Medical and sanitary report of the native army of Bengal for the year
Year: 1878
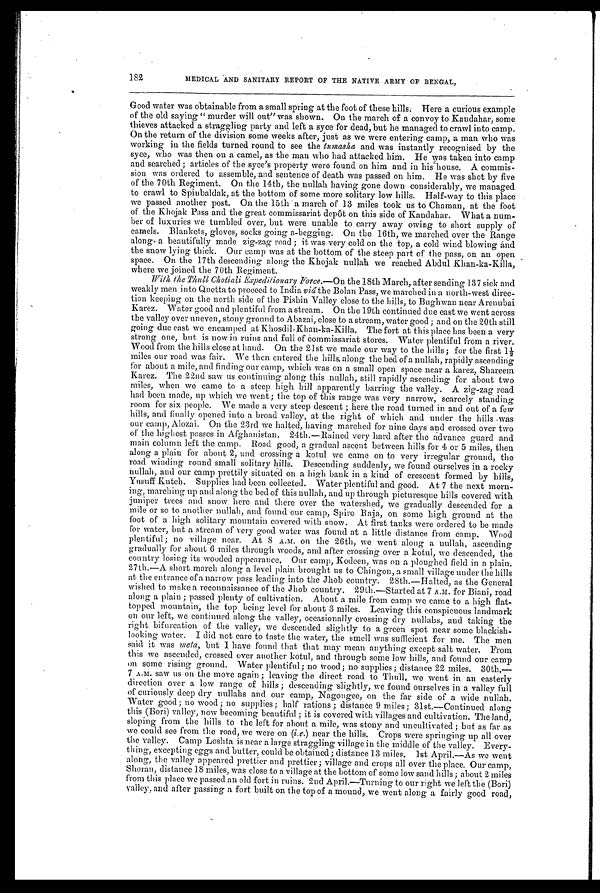
182
MEDICAL AND SANITARY REPORT OF THE NATIVE ARMY OF BENGAL,
Good water was obtainable from a small spring at the foot of these hills Here a curious example
of the old saying "murder will out" was shown. On the march of a convoy to Kandahar, some
thieves attacked a straggling party and left a syce for dead, but he managed to crawl into camp.
On the return of the division some weeks after, just as we were entering camp, a man who was
working in the fields turned round to see the tumasha and was instantly recognised by the
syce, who was then on a camel, as the man who had attacked him. He was taken into camp
and searched ; articles of the syce's property were found on him and in his house. A commis
-
sion was ordered to assemble, and sentence of death was passed on him. He was shot by five
of the 70th Regiment. On the 14th, the nullah having gone down considerably, we managed
to crawl to Spinbaldak, at the bottom of some more solitary low hills. Half-way to this place
we passed another post. On the 15th a march of 13 miles took us to Chaman, at the foot
of the Khojak Pass and the great commissariat depôt on this side of Kandahar. What a num
-
ber of luxuries we tumbled over, but were unable to carry away owing to short supply of
camels. Blankets, gloves, socks going a-begging. On the 16th, we marched over the Range
along a beautifully made zig-zag road ; it was very cold on the top, a cold wind blowing and
the snow lying thick. Our camp was at the bottom of the steep part of the pass, on an open
space. On the 17th descending along the Khojak nullah we reached Abdul Khan-ka-Killa,
where we joined the 70th Regiment.
With the Thull Chotiali Expedilionary Force—. On
the 18th March, after sending 137 sick and
weakly men into Quetta to proceed to India viâ the Bolan Pass, we marched in a north-west direc
-
tion keeping on the north side of the Pishin Valley close to the hills, to Bughwan near Arenubai
Karez. Water good and plentiful from a stream. On the 19th continued due east we went across
the valley over uneven, stony ground to Abazai, close to a stream, water good ; and on the 20th still
going due east we encamped at Khosdil-Khan-ka-Killa. The fort at this place has been a very
strong one, but is now in ruins and full of commissariat stores. Water plentiful from a river.
Wood from the hills close at hand. On the 21st we made our way to the hills; for the first 1½
miles our road was fair. We then entered the hills along the bed of a nullah, rapidly ascending
for about a mile, and finding our camp, which was on a small open space near a karez, Shareem
Karez. The 22nd saw us continuing along this nullah, still rapidly ascending for about two
miles, when we came to a steep high hill apparently barring the valley. A zig-zag road
had been made, up which we went ; the top of this range was very narrow, scarcely standing
room for six people. We made a very steep descent ; here the road turned in and out of a few
hills, and finally opened into a broad valley, at the right of which and under the hills was
our camp, Alozai. On the 23rd we halted, having marched for nine days and crossed over two
of the highest passes in Afghanistan. 24th.—Rained very hard after the advance guard and
main column left the camp. Road good, a gradual ascent between hills for 4 or 5 miles, then
along a plain for about 2, and crossing a kotul we came on to very irregular ground, the
road winding round small solitary hills. Descending suddenly, we found ourselves in a rocky
nullah, and our camp prettily situated on a high bank in a kind of crescent formed by hills,
Yusuff Kutch. Supplies had been collected. Water plentiful and good. At 7 the next morn
-
ing, marching up and along the bed of this nullah, and up through picturesque hills covered with
juniper trees and snow here and there over the watershed, we gradually descended for a
mile or so to another nullah, and found our camp, Spiro Raja, on some high ground at the
foot of a high solitary mountain covered with snow. At first tanks were ordered to be made
for water, but a stream of very good water was found at a little distance from camp. Wood
plentiful ; no village near. At 8 A.M. on the 26th, we went along a nullah, ascending
gradually for about 6 miles through woods, and after crossing over a kotul, we descended, the
country losing its wooded appearance. Our camp, Kodeen, was on a ploughed field in a plain.
27th.—A short march along a level plain brought us to Chingon, a small village under the hills
at the entrance of a narrow pass leading into the Jhob country. 28th.—Halted, as the General
wished to make a reconnaissance of the Jhob country. 29th.—Started at 7 A.M. for Biani, road
along a plain ; passed plenty of cultivation. About a mile from camp we came to a high flat
-
topped mountain, the top being level for about 3 miles. Leaving this conspicuous landmark
on our left, we continued along the valley, occasionally crossing dry nullahs, and taking the
right bifurcation of the valley, we descended slightly to a green spot near some blackish
-
looking water. I did not care to taste the water, the smell was sufficient for me. The men
Said it was meta, but I have found that that may mean anything except salt water. From
this we ascended, crossed over another kotul, and through some low hills, and found our camp
on some rising ground. Water plentiful; no wood; no supplies; distance 22 miles. 30th.
—
7 A.M. saw us on the move again ; leaving the direct road to Thull, we went in an easterly
direction over a low range of hills ; descending slightly, we found ourselves in a valley full
of curiously deep dry nullahs and our camp, Nagongee, on the far side of a wide nullah.
Water good ; no wood ; no supplies; half rations ; distance 9 miles; 31st.—Continued along
this (Bori) valley, now becoming beautiful ; it is covered with villages and cultivation. The land,
sloping from the hills to the left for about a mile, was stony and uncultivated ; but as far as
we could see from the road, we were on (i.e. ) near the hills. Crops were springing up all over
the valley. Camp Loshta is near a large straggling village in the middle of the valley. Every
-
thing, excepting eggs and butter, could be obtained ; distance 13 miles. 1st April.—As we went
along, the valley appeared prettier and prettier ; village and crops all over the place. Our camp,
Shoran, distance 18 miles, was close to a village at the bottom of some low sand hills ; about 2 miles
from this place we passed an old fort in ruins. 2nd April.—Turning to our right we left the (Bori)
valley, and after passing a fort built on the top of a mound, we went along a fairly good road,